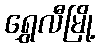
ရွှေလီမြို့